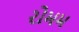
રોમમ